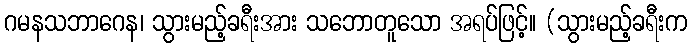
ဂမနသဘာဂေန၊ သွားမည့်ခရီးအား သဘောတူသော အရပ်ဖြင့်။ (သွားမည့်ခရီးက